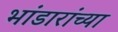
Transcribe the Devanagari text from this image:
भांडारांच्या